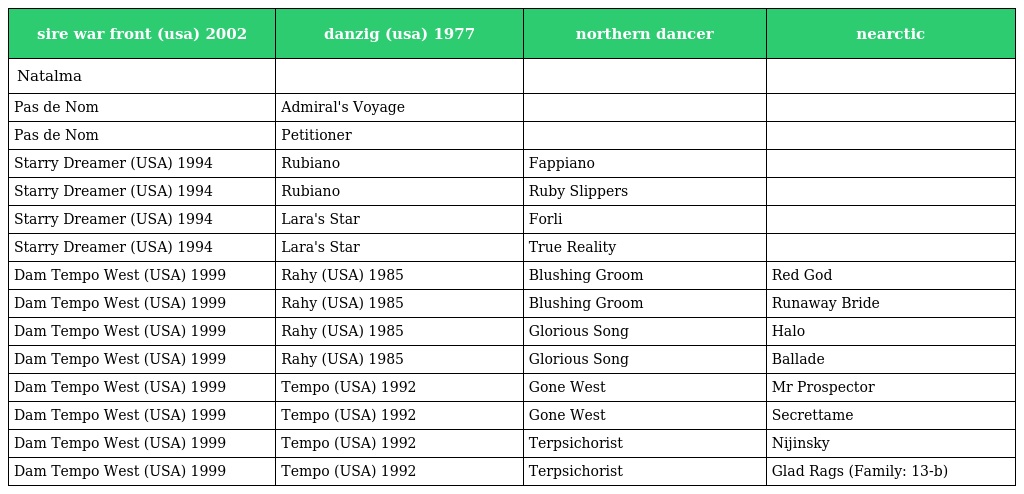
| sire war front (usa) 2002 | danzig (usa) 1977 | northern dancer | nearctic |
 | --- | --- | --- | --- |
 | Natalma |  |  |  |
 | Pas de Nom | Admiral's Voyage |  |  |
 | Pas de Nom | Petitioner |  |  |
 | Starry Dreamer (USA) 1994 | Rubiano | Fappiano |  |
 | Starry Dreamer (USA) 1994 | Rubiano | Ruby Slippers |  |
 | Starry Dreamer (USA) 1994 | Lara's Star | Forli |  |
 | Starry Dreamer (USA) 1994 | Lara's Star | True Reality |  |
 | Dam Tempo West (USA) 1999 | Rahy (USA) 1985 | Blushing Groom | Red God |
 | Dam Tempo West (USA) 1999 | Rahy (USA) 1985 | Blushing Groom | Runaway Bride |
 | Dam Tempo West (USA) 1999 | Rahy (USA) 1985 | Glorious Song | Halo |
 | Dam Tempo West (USA) 1999 | Rahy (USA) 1985 | Glorious Song | Ballade |
 | Dam Tempo West (USA) 1999 | Tempo (USA) 1992 | Gone West | Mr Prospector |
 | Dam Tempo West (USA) 1999 | Tempo (USA) 1992 | Gone West | Secrettame |
 | Dam Tempo West (USA) 1999 | Tempo (USA) 1992 | Terpsichorist | Nijinsky |
 | Dam Tempo West (USA) 1999 | Tempo (USA) 1992 | Terpsichorist | Glad Rags (Family: 13-b) |